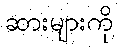
ဆားများကို